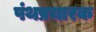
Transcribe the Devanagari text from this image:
पंथप्रचारक